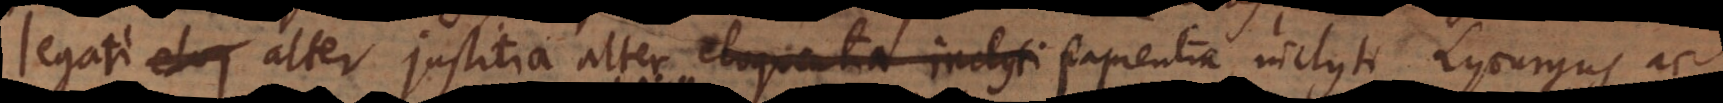
legati eloq alter justitia, alter eloquentia inclyti sapientia inclyti Lycurgus ac